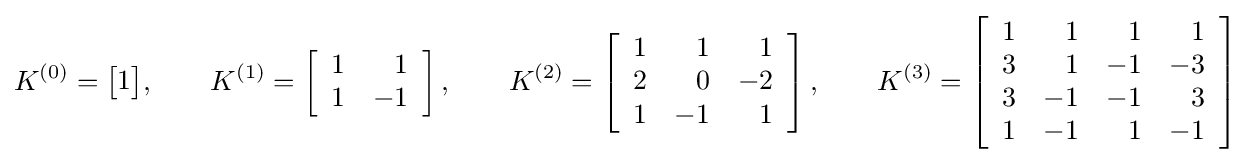
K^{(0)}={\begin{bmatrix}1\end{bmatrix}},\qquad K^{(1)}=\left[{\begin{array}{rr}1&1\\1&-1\end{array}}\right],\qquad K^{(2)}=\left[{\begin{array}{rrr}1&1&1\\2&0&-2\\1&-1&1\end{array}}\right],\qquad K^{(3)}=\left[{\begin{array}{rrrr}1&1&1&1\\3&1&-1&-3\\3&-1&-1&3\\1&-1&1&-1\end{array}}\right]